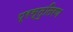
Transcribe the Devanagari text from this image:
प्रस्तुतिरण